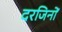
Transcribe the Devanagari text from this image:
दरजिनों